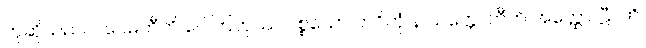
ဟုဆိုသည်။ ပဝေဓတီတိ ဂေါတြဘုဿ ပစ္စယော ဘဝိတုံ န သက္ကောတီတိ အတ္ထော၊ ဋီ။ ဟိ၊